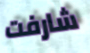
شارفت